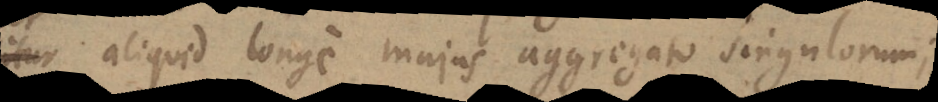
oritur aliquid longe majus aggregato singulorum;